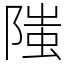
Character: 䧝